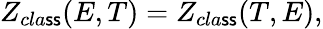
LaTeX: Z_{cla\mathsf{s}\mathsf{s}}(E,T)=Z_{cla\mathsf{s}\mathsf{s}}(T,E),